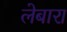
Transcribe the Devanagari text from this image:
लेबारा